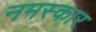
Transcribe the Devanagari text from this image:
नमस्कार